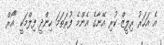
އެ އަހަރު ރިލީޒް ކުރި އޭނާގެ އެންމެ ފުރަތަމަ ހިންދީ ފިލްމަކީ "އޯރް